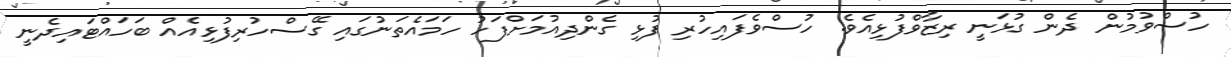
ހުސްވުމުން ދެން ގުޅަނީ ރިޒާވްފުޅިއެވެ. ހުސްވެފައިހުރި ފުޅި ގެންދިއުމަށްފަހު ހަމައެތަނުގައި ގޭސްހުރިފުޅިއެއް ބަހައްޓައިދެނީ